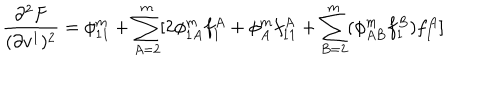
\frac { \partial ^ { 2 } F } { ( \partial v ^ { 1 } ) ^ { 2 } } = \phi _ { 1 1 } ^ { m } + \sum _ { A = 2 } ^ { m } [ 2 \phi _ { 1 A } ^ { m } f _ { 1 } ^ { A } + \phi _ { A } ^ { m } f _ { 1 1 } ^ { A } + \sum _ { B = 2 } ^ { m } ( \phi _ { A B } ^ { m } f _ { 1 } ^ { B } ) f _ { 1 } ^ { A } ]